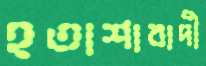
হতাশাবাদী